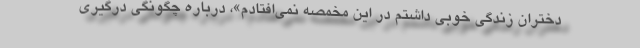
دختران زندگی خوبی داشتم در این مخمصه نمی‌افتادم»، درباره چگونگی درگیری